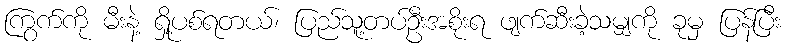
ကြွက်ကို မီးနဲ့ ရှို့ပစ်ရတယ်၊ ပြည်သူ့တပ်ဦးအစိုးရ ဖျက်ဆီးခဲ့သမျှကို ခုမှ ပြန်ပြီး